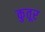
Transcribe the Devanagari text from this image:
कुतूर